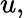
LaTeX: u,